Lunatic asylums in Bengal annual reports 1888-1898 - 1888-1898
Year: 1888
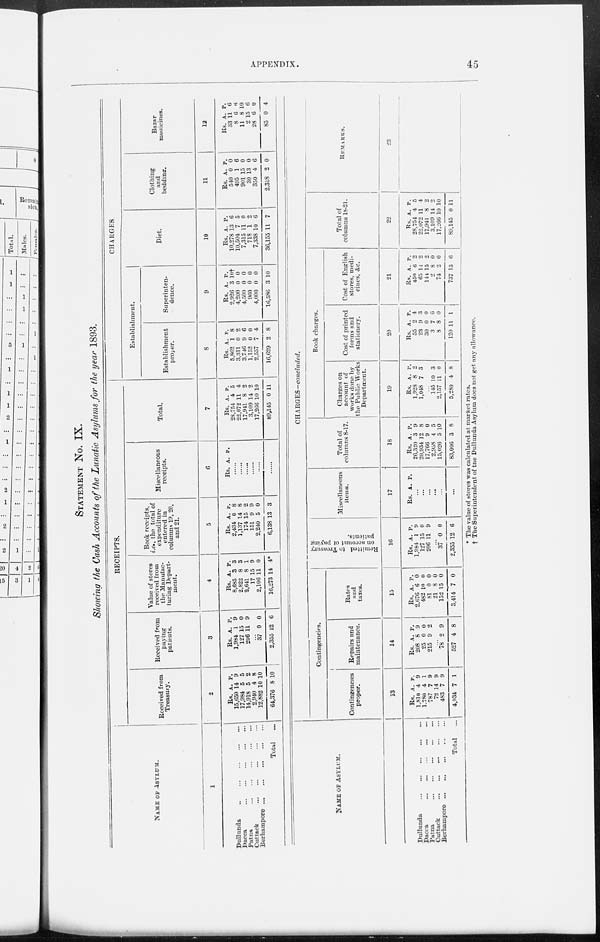
APPENDIX.
45
STATEMENT No. IX.
Showing the Cash Accounts of the Lunatic Asylums for the year 1893.
NAME OF ASYLUM.
1
Dullunda
...
...
...
...
...
Dacca
...
...
...
...
...
Patna
...
...
...
...
...
Cuttack
...
...
...
...
...
Berhampore
...
...
...
...
...
Total ...
RECEIPTS.
Received from
Treasury.
2
Rs.
15,650
17,984
14,918
2,940
12,882
64,376
A.
14
5
5
4
10
8
P.
9
5
2
8
10
10
Received from
paying
patients.
3
Rs.
1,984
127
206
A.
1
15
11
P.
9
0
9
...
37
2,355
0
12
0
6
Value of stores
received from
the Manufac-
turing Depart-
ment.
4
Rs.
8,685
2,822
2,641
17
2,106
16,273
A.
3
8
8
15
11
14
P.
3
3
1
9
0
4*
Book receipts,
i.e., the total of
expenditure
entered in
columns 19, 20,
and 21.
5
Rs.
2,434
1,137
174
151
2,240
6,138
A.
0
14
15
9
5
13
P.
8
8
2
9
0
3
Miscellaneous
receipts.
6
Rs. A. P.
......
......
......
......
......
......
Total.
7
Rs.
28,754
22,072
17,941
3,109
17,266
89,145
A.
4
11
8
14
10
0
P.
5
4
2
2
10
11
CHARGES.
Establishment.
Establishment
proper.
8
Rs.
5,862
3,311
3,746
1,152
2,557
16,629
A.
1
0
9
0
7
2
P.
8
2
6
0
4
8
Superinten-
dence.
9
Rs.
2,926
4,200
4,500
960
4,000
16,586
A.
3
0
0
0
0
3
P.
10†
0
0
0
0
10
Diet.
10
Rs.
10,278
10,504
7,315
718
7,338
36,155
A.
13
7
11
1
10
11
P.
6
5
0
2
6
7
Clothing
and
bedding.
11
Rs.
540
495
901
30
350
2,318
A.
0
1
15
13
4
2
P.
0
6
0
0
6
0
Bazar
medicines.
12
Rs.
33
8
11
2
28
85
A.
11
6
8
15
6
0
P.
6
6
10
6
0
4
NAME OF ASYLUM.
Dullunda
...
...
...
...
...
Dacca
...
...
...
...
...
Patna
...
...
...
...
...
Cuttack
...
...
...
...
...
Berhampore
...
...
...
...
...
Total ...
CHARGES-concluded.
Contingencies.
Contingencies
proper.
13
Rs.
1,810
1,780
787
72
483
4,934
A.
4
4
7
14
7
7
P.
9
1
9
9
9
1
Repairs and
maintenance.
14
Rs.
208
25
215
A.
8
0
9
P.
9
0
2
...
78
527
2
4
9
8
Rates
and
taxes.
15
Rs.
2,676
482
81
21
152
3,414
A.
6
10
0
8
15
7
P.
0
0
0
0
0
0
Remitted to Treasury
on account of paying
patients.
16
Rs.
1,984
127
206
A.
1
15
11
P.
9
0
9
...
37
2,355
0
12
0
6
Miscellaneous
items.
17
Rs. A. P.
...
...
...
...
...
...
Total of
columns 8-17.
18
Rs.
26,320
20,934
17,766
2,958
15,026
83,006
A.
3
12
9
4
5
3
P.
9
8
0
5
10
8
Book charges.
Charges on
account of
works done by
the Public Works
Department.
19
Rs.
1,928
1,048
A.
8
7
P.
2
3
...
145
2,157
5,280
10
11
4
3
0
8
Cost of printed
forms and
stationery.
20
Rs.
55
23
30
3
8
120
A.
2
9
0
7
8
11
P.
4
3
0
6
0
1
Cost of English
stores, medi-
cines, &c.
21
Rs.
450
65
144
2
74
737
A
6
14
15
8
2
13
P.
2
2
2
0
0
6
Total of
columns 18-21.
22
Rs.
28,754
22,072
17,941
3,109
17,266
89,145
A.
4
11 8
14
10
0
P.
5
4
2
2
10
11
REMARKS.
23
* The value of stores was calculated at market rates.
† The Superintendent of the Dullunda Asylum does not get any allowance.